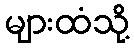
များထံသို့